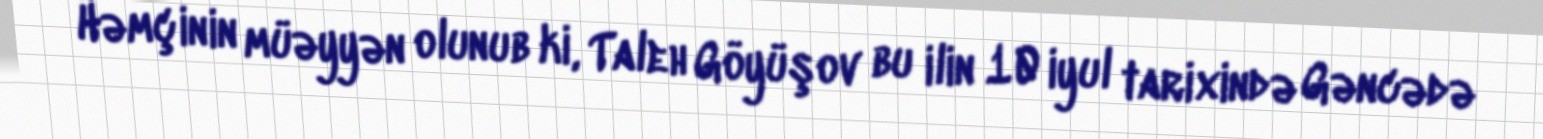
Həmçinin müəyyən olunub ki, Taleh Göyüşov bu ilin 10 iyul tarixində Gəncədə